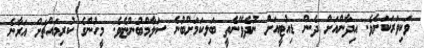
ވަކިވަރަކަށެވެ. އިދާންއަށް ދެން ޑިއުޓީއަށް ނުދެވޭނެތީ ބަލިކަމަށްބުނެ ސަލާމްބުންޏެވެ. މީހުންގެ ކުރިމައްޗަށް އަރާނެ